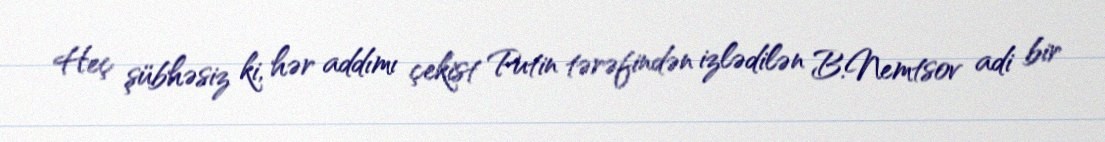
Heç şübhəsiz ki, hər addımı çekist Putin tərəfindən izlədilən B.Nemtsov adi bir